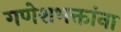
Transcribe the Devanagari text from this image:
गणेशभक्तांना